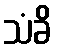
သံခိ